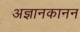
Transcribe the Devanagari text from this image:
अज्ञानकानन